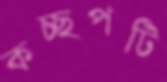
কচ্ছপটি